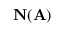
\mathbf { N } ( \mathbf { A } )